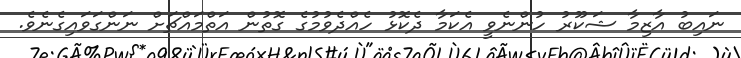
ނައިބު އާޒިމާ ޝަކޫރު ހުންނެވީ އެކަމާ ދެކޮޅު ހެއްދެވުމުގެ ގޮތުން އަތްމައްޗަށް ނަންގަވައިގެނެވެ.